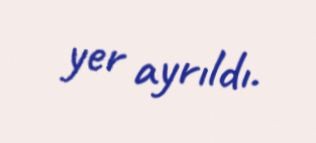
yer ayrıldı.